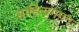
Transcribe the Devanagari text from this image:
साहित्यगगन